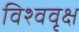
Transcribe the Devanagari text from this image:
विश्ववृक्ष